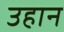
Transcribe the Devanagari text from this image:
उहान